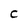
Character: C